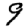
Digit: 9